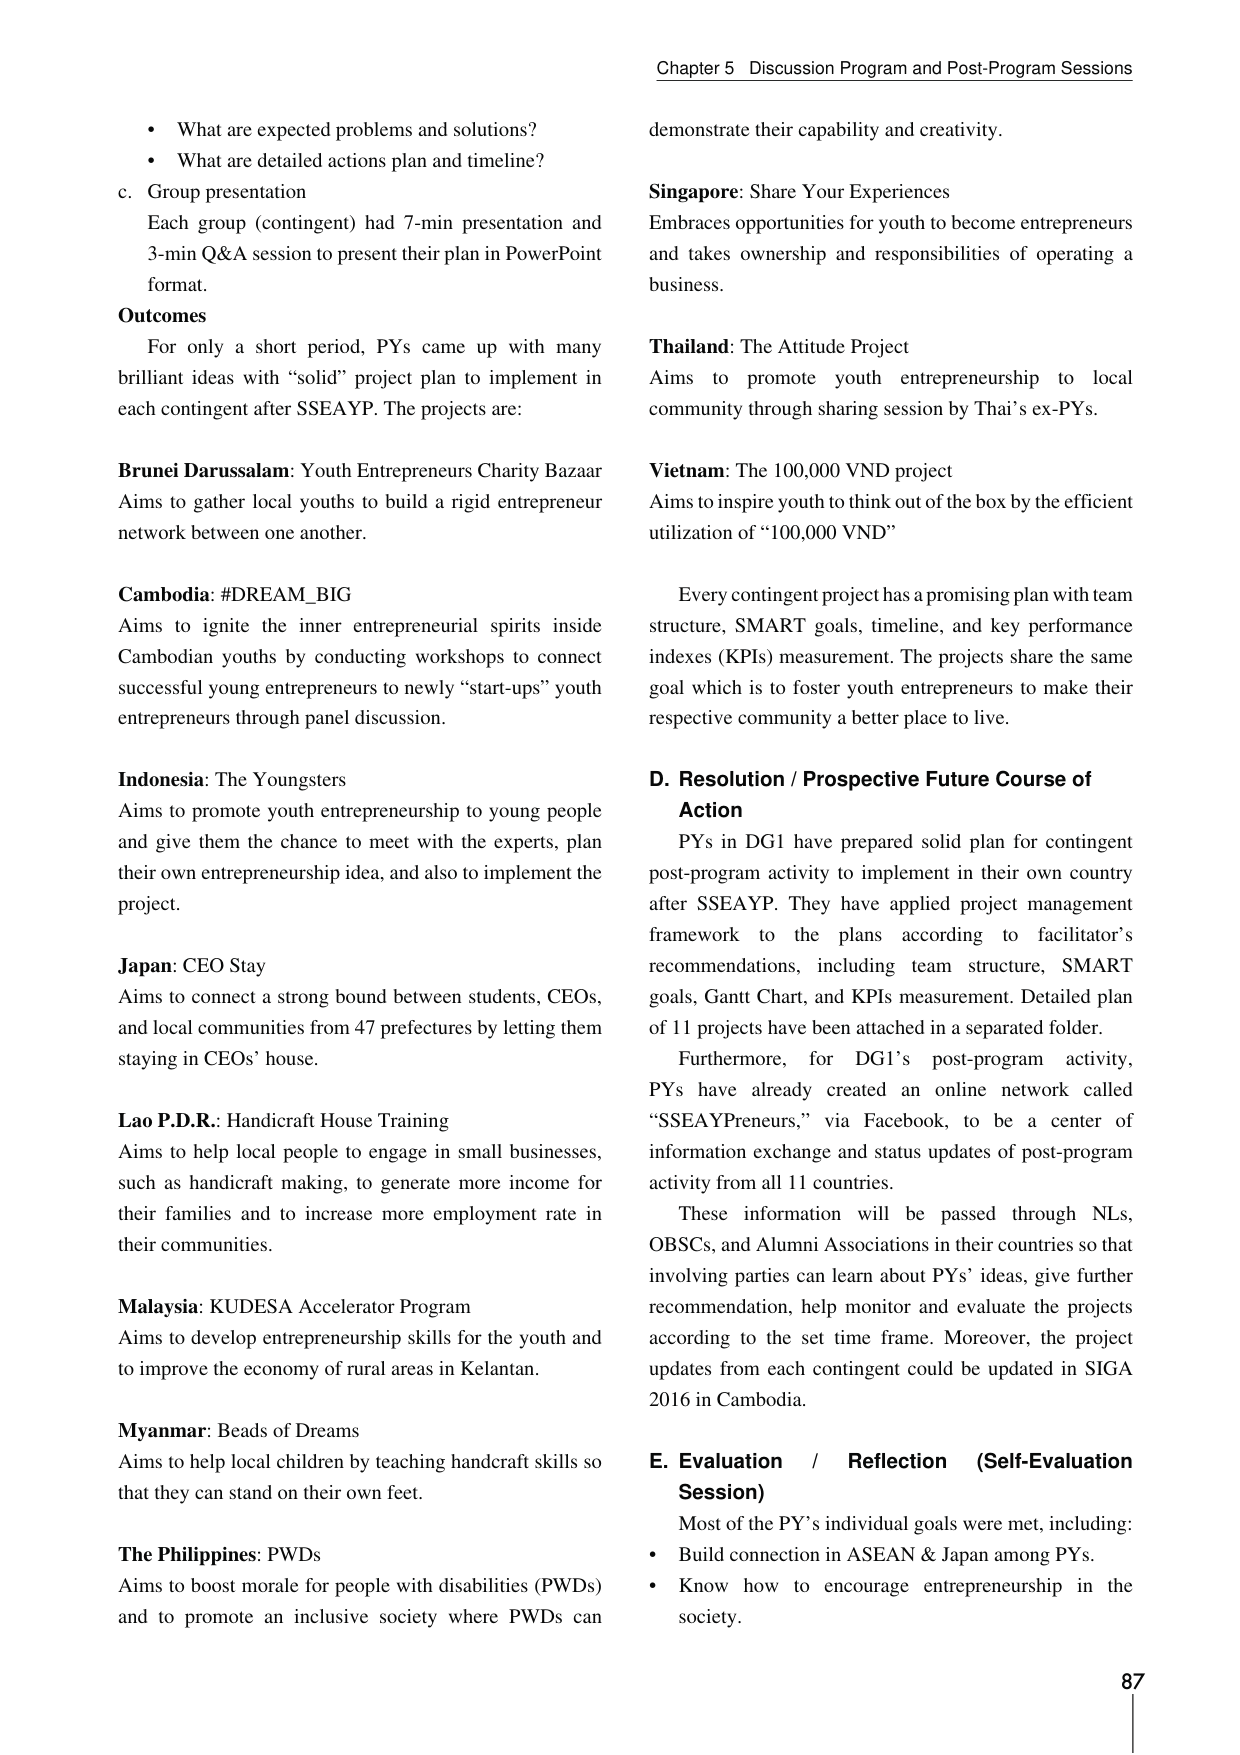
Chapter 5 Discussion Program and Post-Program Sessions

• What are expected problems and solutions?
• What are detailed actions plan and timeline?

c. Group presentation
Each group (contingent) had 7-min presentation and 3-min Q&A session to present their plan in PowerPoint format.

Outcomes
For only a short period, PYs came up with many brilliant ideas with “solid” project plan to implement in each contingent after SSEAYP. The projects are:

Brunei Darussalam: Youth Entrepreneurs Charity Bazaar
Aims to gather local youths to build a rigid entrepreneur network between one another.

Cambodia: #DREAM_BIG
Aims to ignite the inner entrepreneurial spirits inside Cambodian youths by conducting workshops to connect successful young entrepreneurs to newly “start-ups” youth entrepreneurs through panel discussion.

Indonesia: The Youngsters
Aims to promote youth entrepreneurship to young people and give them the chance to meet with the experts, plan their own entrepreneurship idea, and also to implement the project.

Japan: CEO Stay
Aims to connect a strong bound between students, CEOs, and local communities from 47 prefectures by letting them staying in CEOs’ house.

Lao P.D.R.: Handicraft House Training
Aims to help local people to engage in small businesses, such as handicraft making, to generate more income for their families and to increase more employment rate in their communities.

Malaysia: KUDESA Accelerator Program
Aims to develop entrepreneurship skills for the youth and to improve the economy of rural areas in Kelantan.

Myanmar: Beads of Dreams
Aims to help local children by teaching handicraft skills so that they can stand on their own feet.

The Philippines: PWDs
Aims to boost morale for people with disabilities (PWDs) and to promote an inclusive society where PWDs can

demonstrate their capability and creativity.

Singapore: Share Your Experiences
Embraces opportunities for youth to become entrepreneurs and takes ownership and responsibilities of operating a business.

Thailand: The Attitude Project
Aims to promote youth entrepreneurship to local community through sharing session by Thai’s ex-PYs.

Vietnam: The 100,000 VND project
Aims to inspire youth to think out of the box by the efficient utilization of “100,000 VND”

Every contingent project has a promising plan with team structure, SMART goals, timeline, and key performance indexes (KPIs) measurement. The projects share the same goal which is to foster youth entrepreneurs to make their respective community a better place to live.

D. Resolution / Prospective Future Course of Action
PYs in DG1 have prepared solid plan for contingent post-program activity to implement in their own country after SSEAYP. They have applied project management framework to the plans according to facilitator’s recommendations, including team structure, SMART goals, Gantt Chart, and KPIs measurement. Detailed plan of 11 projects have been attached in a separated folder.

Furthermore, for DG1’s post-program activity, PYs have already created an online network called “SSEAYPreneurs,” via Facebook, to be a center of information exchange and status updates of post-program activity from all 11 countries.

These information will be passed through NLs, OBSCs, and Alumni Associations in their countries so that involving parties can learn about PYs’ ideas, give further recommendation, help monitor and evaluate the projects according to the set time frame. Moreover, the project updates from each contingent could be updated in SIGA 2016 in Cambodia.

E. Evaluation / Reflection (Self-Evaluation Session)
Most of the PY’s individual goals were met, including:
• Build connection in ASEAN & Japan among PYs.
• Know how to encourage entrepreneurship in the society.

87